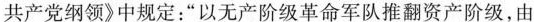
共产党纲领》中规定：”以无产阶级革命军队推翻资产阶级，由